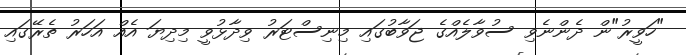
"ހަވީރު"ން ދެންނެވި ސުވާލެއްގެ ޖަވާބުގައި މިނިސްޓަރު ވިދާޅުވީ މިދިޔަ އެއް އަހަރު ތެރޭގައި